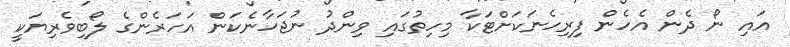
އައި ނޯ ދެން އެހެން ފިރިހެނަކަށްޓަކާ މިހިތުގައި ވިންދު ނުޖަހާނެކަން އަހަރެންގެ ލޯބިވެރިޔަކީ